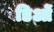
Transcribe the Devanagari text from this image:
डिओं